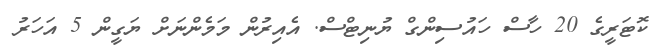
ކޮޓަރީގެ 20 ހާސް ހައުސިންގް ޔުނިޓްސް. އެއިރުން މަމެންނަަށް ޔަގީން 5 އަހަރު